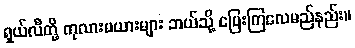
ရှယ်လီတို့ ကုလားမယားများ ဘယ်သို့ ပြေးကြလေမည်နည်း။